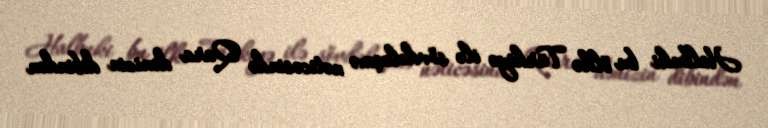
Halbuki bu ölkə Türkiyə ilə sövdələşmə nəticəsində Qara dənizin dibindən